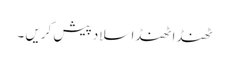
ٹھنڈا ٹھنڈا سلاد پیش کریں ۔